Eesti_Rahvusfond, lk 119
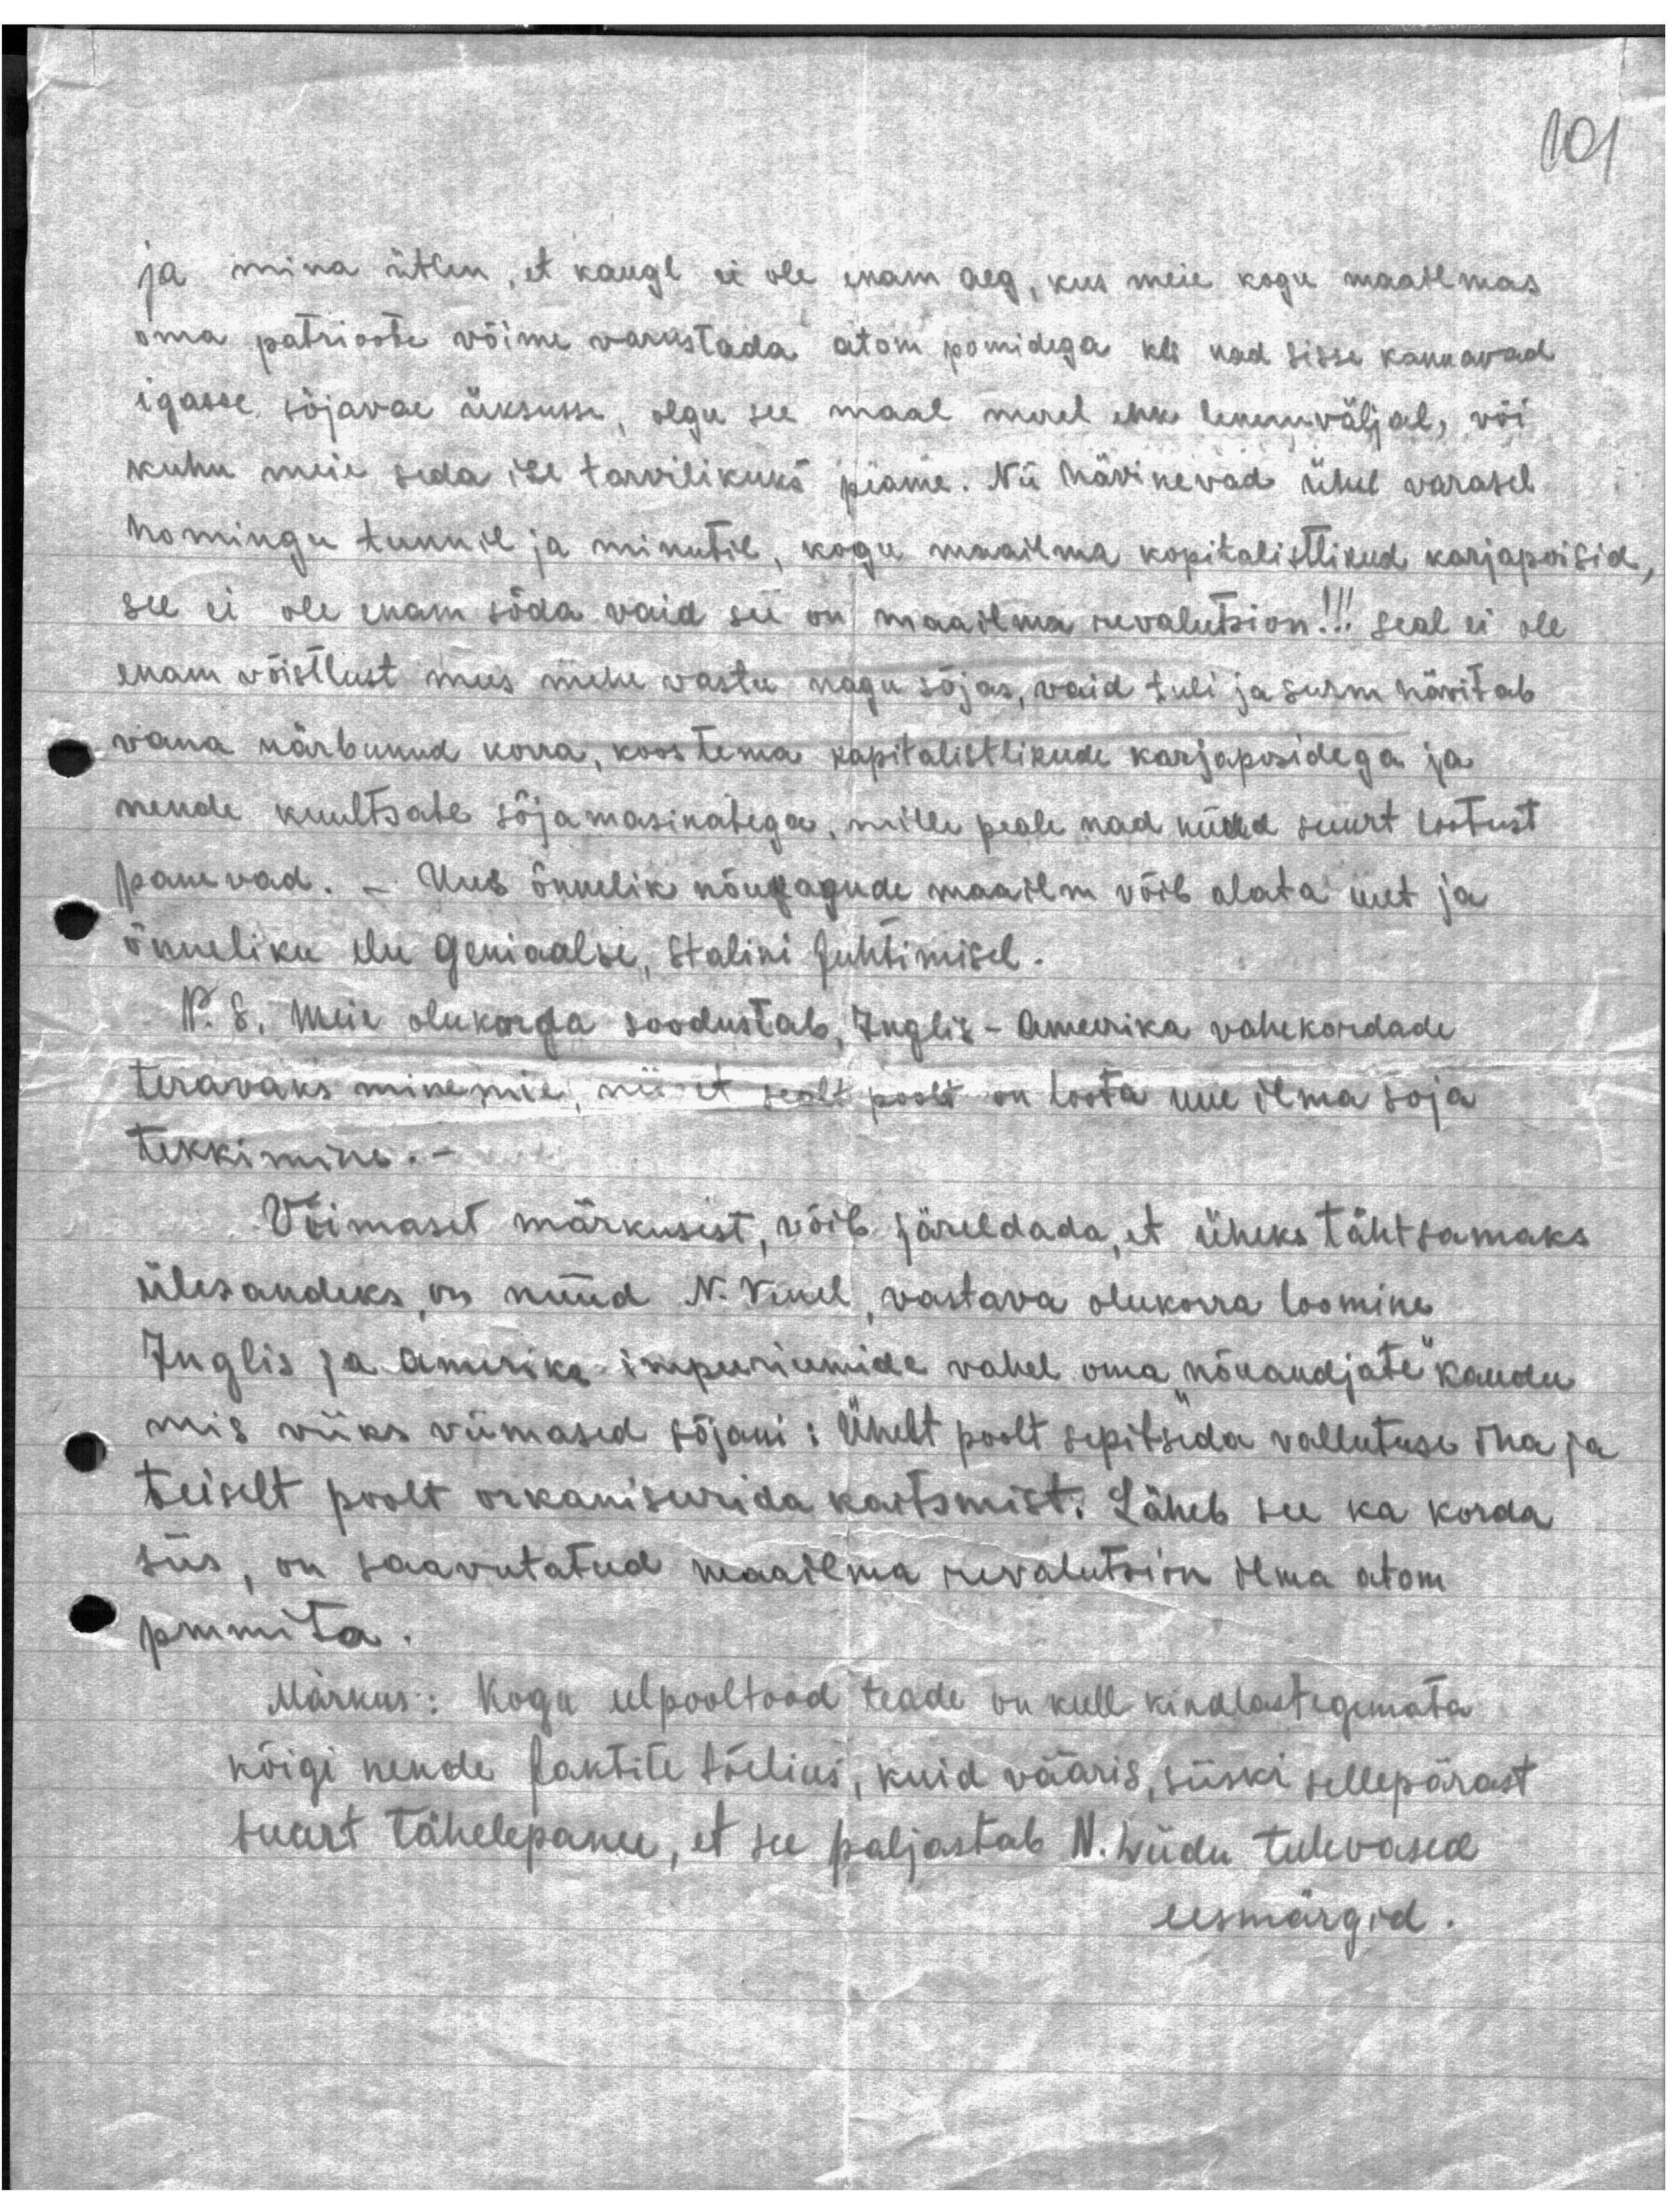
101

ja mina ütlen, et kaugl ei ole enam aeg, kus meie kogu maallmas
oma patrioote võime varustada atom pomidega kes nad sisse kannavad
igasse sõjaväe üksusse, olgu see maal merel ehk lennuväljal, või
kuhu meie seda ise tarvilikuks peame. Nii hävinevad ühel varasel
homingu tunnil ja minutil, kogu maailma kapitalistlikud karjapoisid,
see ei ole enam sõda vaid su on maailma revolutsion!!! seal ei ole
enam võistlust mees mehe vastu nagu sõjas, vaid tuli ja surm hävitab
vana närbunud korra, koos tema kapitalistlikude karjaposidega ja
nende kuultsate sõjamasinatega, mille peale nad nüüd suurt lootust
panevad. - Uus õnnelik nõukogude maailm võib alata uut ja
õnneliku elu geniaalse, Stalini Juhtimisel.
P. S. Meie olukorda soodustab, Inglis - Ameerika vahekordade
teravaks minemie, nii et sealt poolt on loota uue ilma soja
tekkimine. -
Viimaset märkusest, võib järeldada, et üheks tähtsamaks
ülesandeks , on nüüd N. Venel, vastava olukorra loomine
Inglis ja Amerika impeeriumide vahel oma "nõuandjate" kaudu
mis viiks viimased sõjani: Ühelt poolt sepitsida vallutuse iha ja
teiselt poolt orkaniseerida kaitsmist. Läheb see ka korda
siis, on saavutatud maailma revolutsion ilma atom
pmmita.
Märkus: Kogu eelpooltood teade on kull kindlastegemata
kõigi nende faktite tõelius, kuid vääris, siiski sellepärast
suurt tähelepanu, et see paljastab N. Liidu tulevased
eesmärgid.